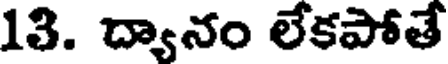
13. ద్యానం లేకపోతే